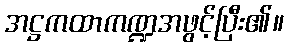
အဋ္ဌကထာကဏ္ဍအဖွင့်ပြီး၏။